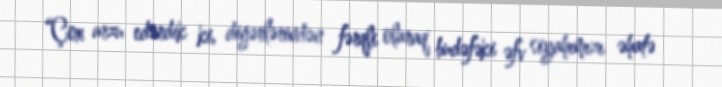
“Çox arzu edərdik ki, digərlərindən fərqli olaraq budəfəki əfv siyahımızı əhatə